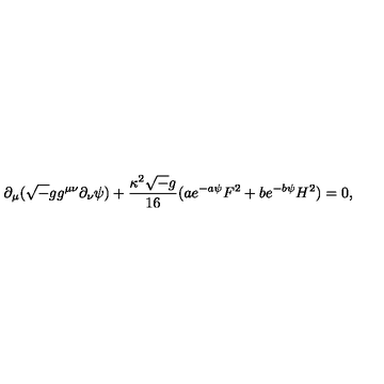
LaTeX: \partial _ { \mu } ( { \sqrt - g } g ^ { \mu \nu } \partial _ { \nu } \psi ) + { \frac { \kappa ^ { 2 } { \sqrt - g } } { 1 6 } } ( a e ^ { - a \psi } F ^ { 2 } + b e ^ { - b \psi } H ^ { 2 } ) = 0 ,